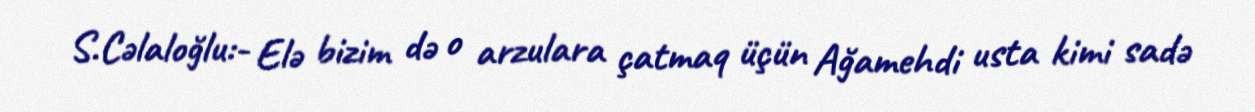
S.Cəlaloğlu:- Elə bizim də o arzulara çatmaq üçün Ağamehdi usta kimi sadə